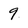
Character: 9